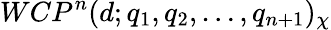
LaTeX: WCP^{n}(d;q_{1},q_{2},\dots,q_{n+1})_{\chi}